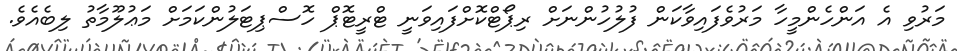
މަރުވި އެ އަންހެންމީހާ މަރުވެފައިވާކަން ފުލުހުންނަށް ރިޕޯޓްކޮށްފައިވަނީ ޓްރީޓޮޕް ހޮސްޕިޓަލުންކަމަށް މަޢުލޫމާތު ލިބެއެވެ.